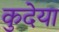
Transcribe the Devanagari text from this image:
कुदेया